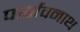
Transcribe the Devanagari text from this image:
पार्शवनाथ